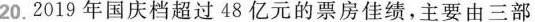
20.2019年国庆档超过48亿元的票房佳绩，主要由三部